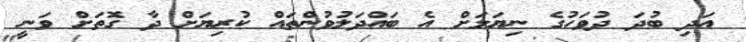
އަދި ބުދަ ދުވަހުގެ ނިޔަލަށް އެ ބައްދަލުވުންތައް ކުރިޔަށް ދާ ގޮތަށް ވަނީ